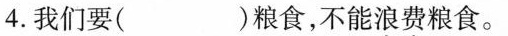
4.我们要( )粮食，不能浪费粮食。